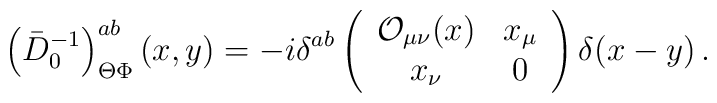
\left( \bar D_0^{-1} \right)_{\Theta\Phi}^{ab}(x,y) = -i \delta^{ab}\left(\begin{array}{cc}{\cal O}_{\mu\nu}(x)  & x_\mu \\x_\nu & 0 \end{array}\right) \delta(x-y)  \,.